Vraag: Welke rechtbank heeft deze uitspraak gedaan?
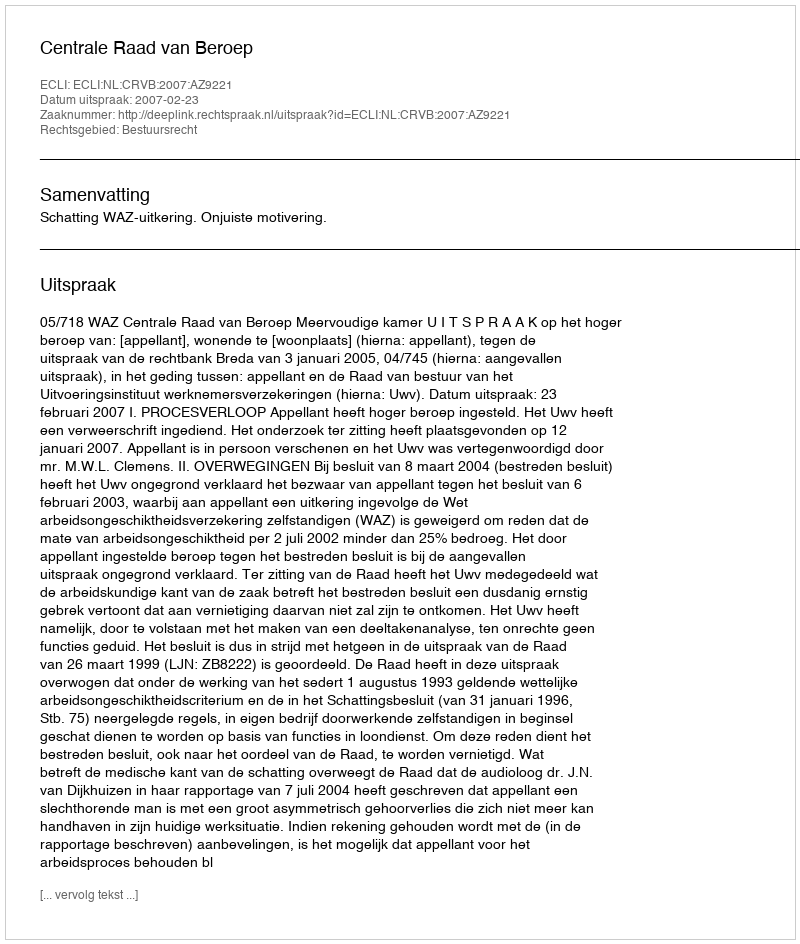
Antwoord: Centrale Raad van Beroep